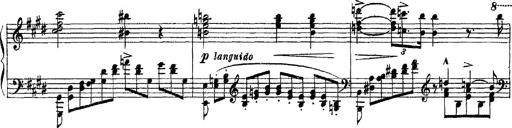
Title: 3 sonetti di Petrarca
Composer: Franz Liszt